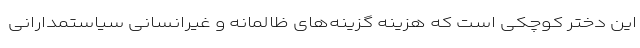
این دختر کوچکی است که هزینه گزینه‌های ظالمانه و غیرانسانی سیاستمدارانی